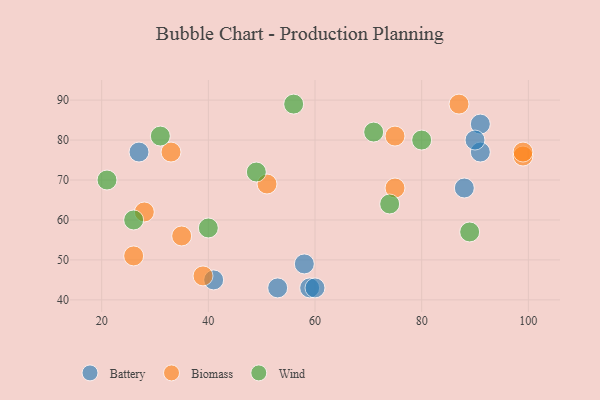
{"axis": {"x": "GDP", "y": "Life Expectancy"}, "legend": ["Battery", "Biomass", "Wind"], "data": [{"x": "91", "y": 84, "type": "Battery"}, {"x": "91", "y": 77, "type": "Battery"}, {"x": "53", "y": 43, "type": "Battery"}, {"x": "88", "y": 68, "type": "Battery"}, {"x": "27", "y": 77, "type": "Battery"}, {"x": "59", "y": 43, "type": "Battery"}, {"x": "41", "y": 45, "type": "Battery"}, {"x": "90", "y": 80, "type": "Battery"}, {"x": "58", "y": 49, "type": "Battery"}, {"x": "60", "y": 43, "type": "Battery"}, {"x": "75", "y": 81, "type": "Biomass"}, {"x": "35", "y": 56, "type": "Biomass"}, {"x": "33", "y": 77, "type": "Biomass"}, {"x": "75", "y": 68, "type": "Biomass"}, {"x": "26", "y": 51, "type": "Biomass"}, {"x": "51", "y": 69, "type": "Biomass"}, {"x": "99", "y": 76, "type": "Biomass"}, {"x": "87", "y": 89, "type": "Biomass"}, {"x": "99", "y": 77, "type": "Biomass"}, {"x": "39", "y": 46, "type": "Biomass"}, {"x": "28", "y": 62, "type": "Biomass"}, {"x": "49", "y": 72, "type": "Wind"}, {"x": "26", "y": 60, "type": "Wind"}, {"x": "89", "y": 57, "type": "Wind"}, {"x": "21", "y": 70, "type": "Wind"}, {"x": "40", "y": 58, "type": "Wind"}, {"x": "71", "y": 82, "type": "Wind"}, {"x": "56", "y": 89, "type": "Wind"}, {"x": "74", "y": 64, "type": "Wind"}, {"x": "80", "y": 80, "type": "Wind"}, {"x": "31", "y": 81, "type": "Wind"}]}